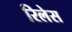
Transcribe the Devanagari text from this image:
रिलेस